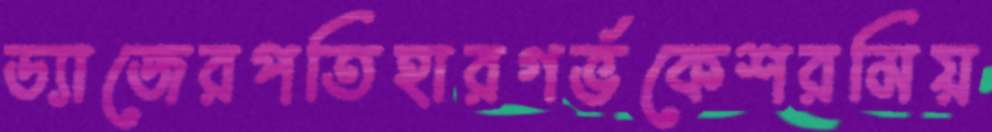
ড্যাজেরপতিহারগর্ভকেশরমিয়